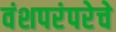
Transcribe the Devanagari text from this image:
वंशपरंपरेचे